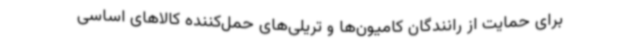
برای حمایت از رانندگان کامیون‌ها و تریلی‌های حمل‌کننده کالاهای اساسی